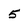
Character: 5